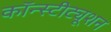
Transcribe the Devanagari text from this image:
कॉन्‍स्‍टीट्यूशन